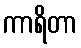
ကာရိတာ